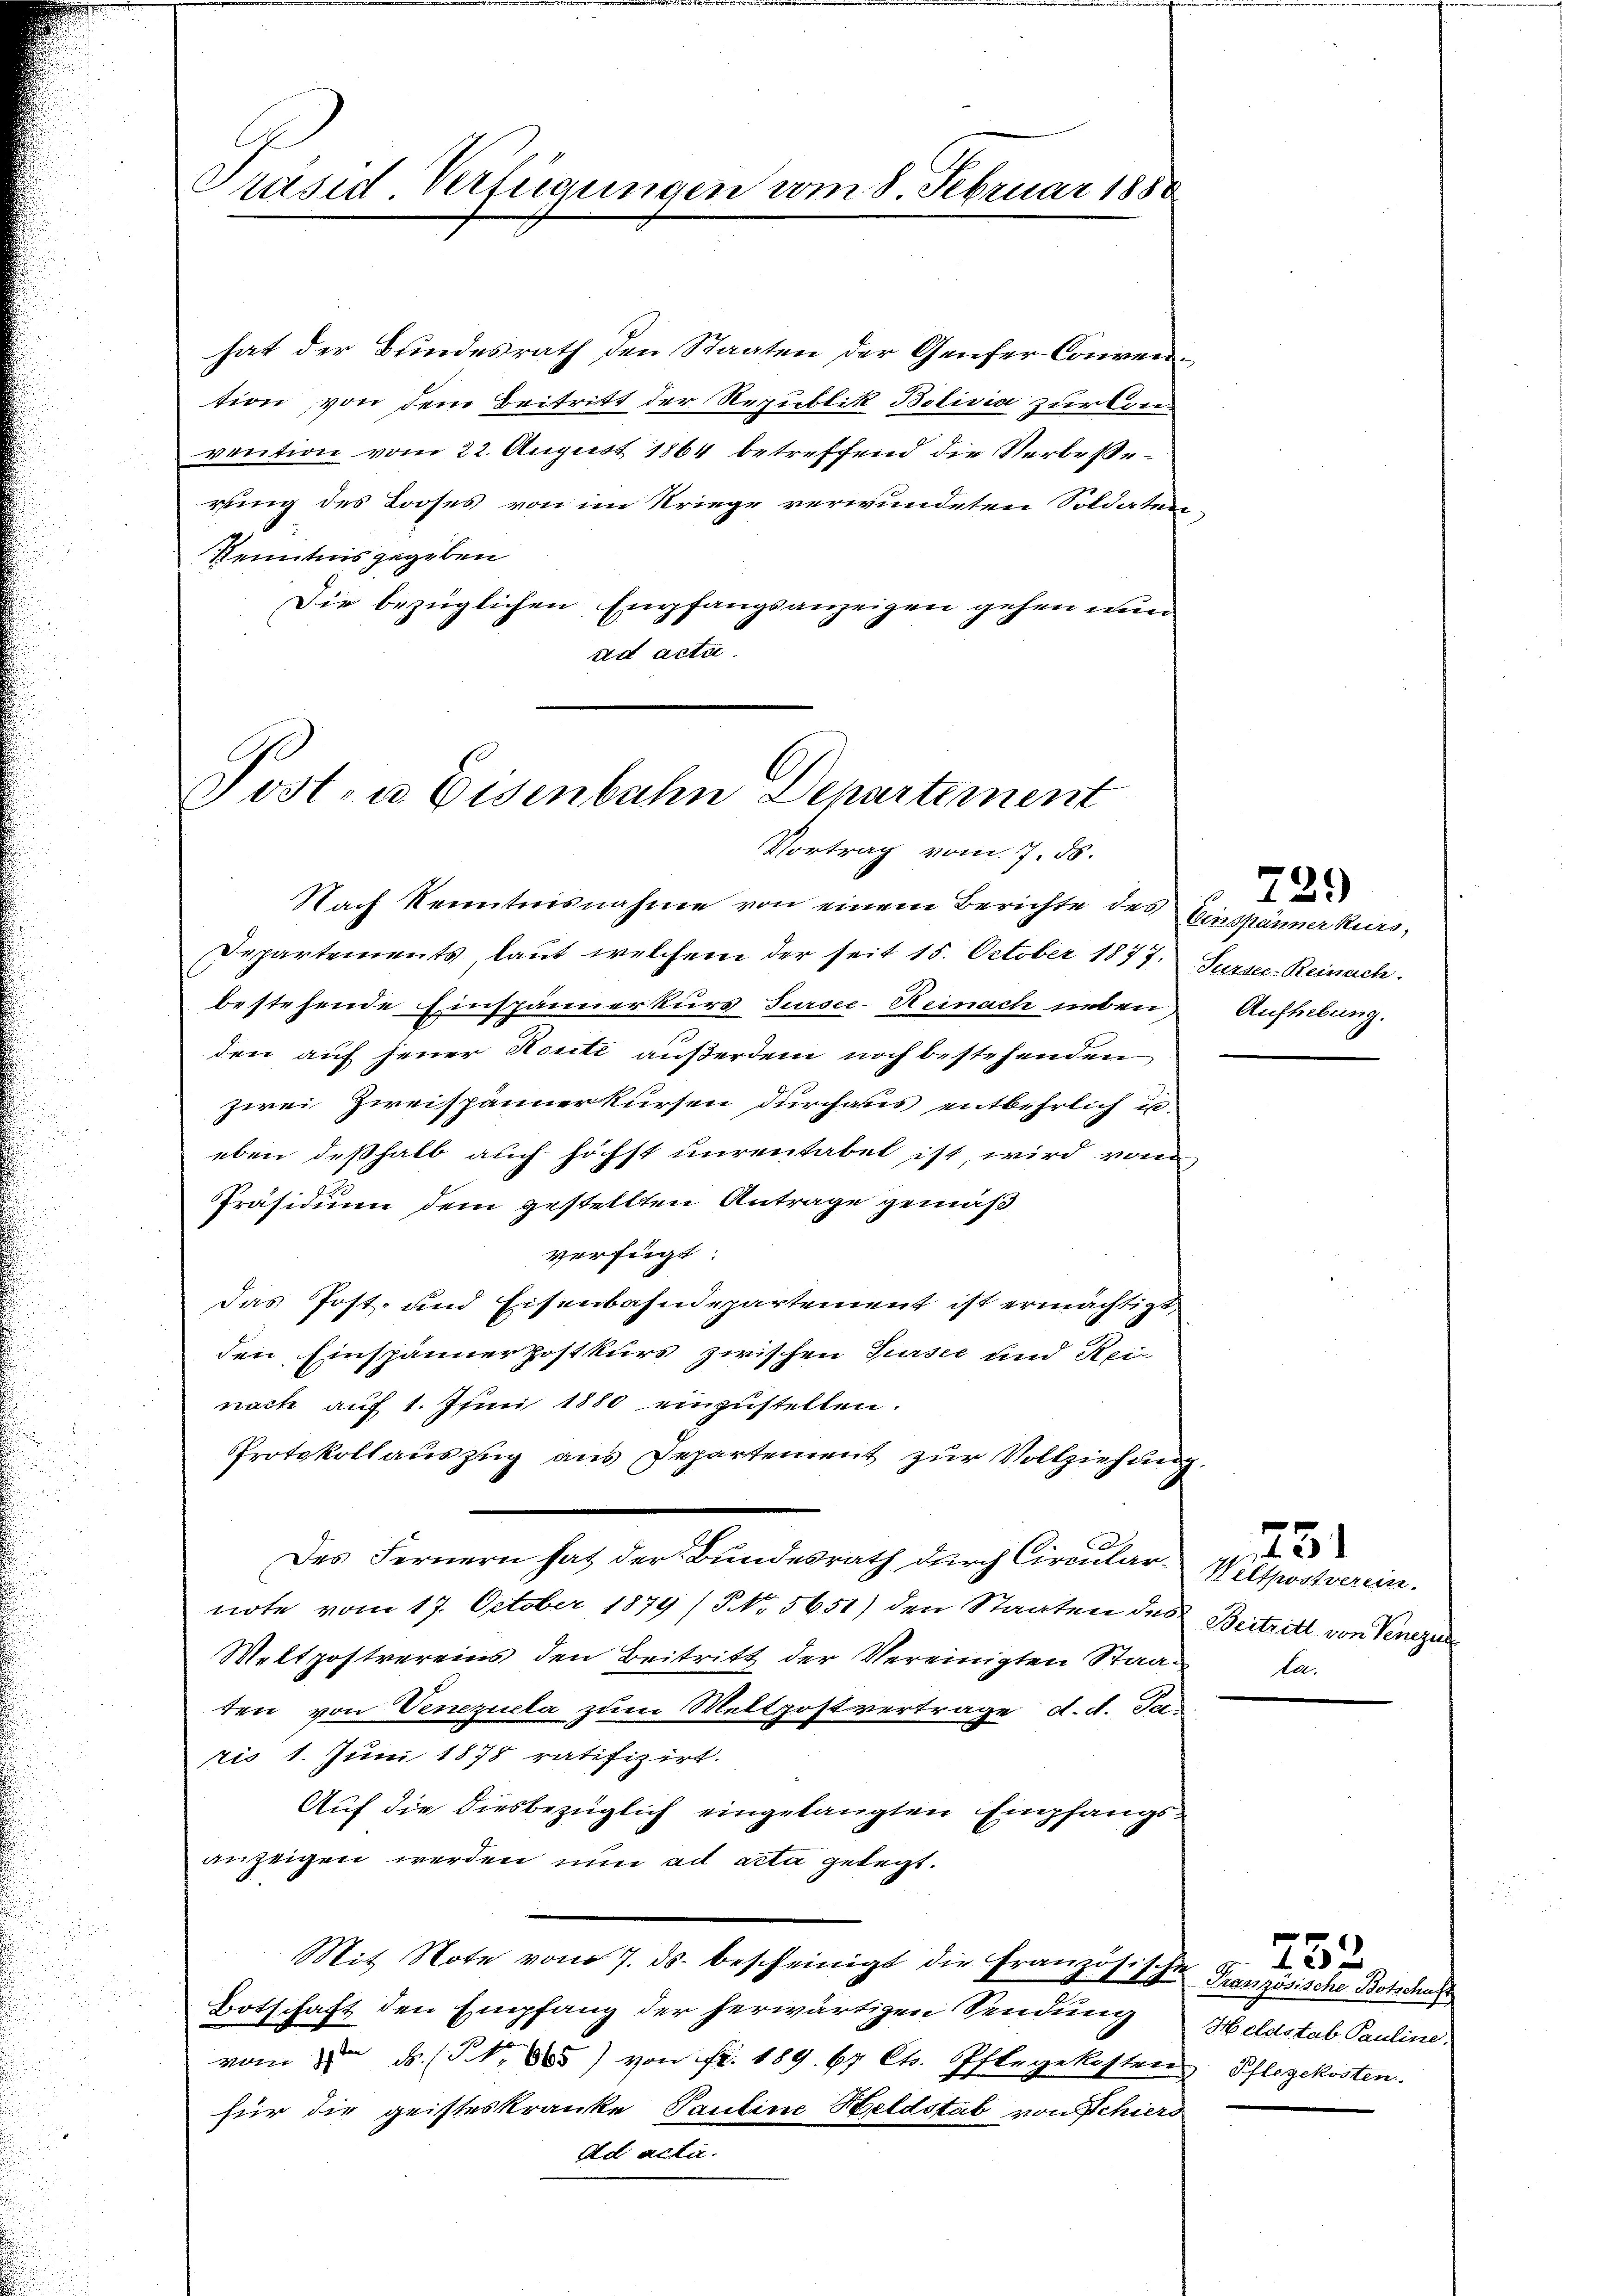
Präsid. Verfügungen vom 8. Februar 188

hat der Bundesrath den Staaten der Genfer-Convention, von dem Beitritt der Republik Bolivia zur Convention vom 22. August 1864 betreffend die Verbesserung des Looses von im Kriege verwundeten Soldater
Kenntnis gegeben
Die bezüglichen Empfangsanzeigen gehen wund
ad acta

Post- u Eisenbahn Departement
Vortrag vom 7. 55.

Nach Kenntnisnahme von einem Berichte des
Departements, laut welchem der seit 15. October 1877. Sursee-Reinach
bestehende Einspännerkurs Sursee-Reinach neben Aufhebung.
den auf jener Route außerdem noch bestehenden
zwei Zweispännerkursen durchaus entbehrlich u.
eben deßhalb auch höchst unrentabel ist, wird vom
Präsidium dem gestellten Antrage gemäß
verfügt
das Post- und Eisenbahndepartement ist ermächtigt
den Einspännerpostkurs zwischen Sursee und Rei
nach aŭf 1. Juni 1880 einzŭstellen.
Protokollauszug aus Departement zur Vollziehung.
.
Des Fernern hat der Bundesrath durch Circularnote vom 17. October 1879 / No. 5651) den Staaten des Beitritt von Venezul
Meltpostvereins den Beitritt der Vereinigten Staaten von Venezuela zum Wettpostvertrage d. d. Jaris 1. Juni 1878 ratifizirt.
Auf die diesbezüglich eingelangten Empfangsanzeigen werden nun ad acta gelegt.
Mit Note vom 7. ds. bescheinigt die Französisch
Botschaft den Empfang der herwärtigen Sendung Heldstab Pauline.
vom 8ten d. NNo. 865) von Fr. 189. 67 Cts. Pflegekosten Pflegekosten.
für die geisteskranke Pauline Heldstab von Schierd
Ad acta.

Einspänner Kurs,

29

51
Weltpostverein.
la.

452
Französische Botschaft